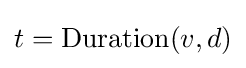
t=\operatorname {Duration} (v,d)